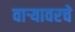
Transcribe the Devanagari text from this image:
वाऱ्यावरचे